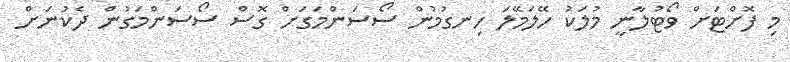
މި ފޮށްޓަށް ވޯޓުލާނީ މުލަކު ހޭލަމޭލަ ހިނގުމުން ސޯސަންމަގަށް ގޮސް ސޯސަންމަގުން ދެކުނަށް